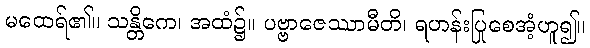
မထေရ်၏။ သန္တိကေ၊ အထံ၌။ ပဗ္ဗာဇေဿာမီတိ၊ ရဟန်းပြုစေအံ့ဟူ၍။